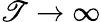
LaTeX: \mathscr{T}\to\infty